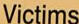
Victims